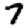
Digit: 7